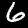
Digit: 6